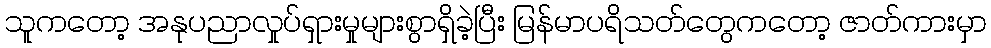
သူကတော့ အနုပညာလှုပ်ရှားမှုများစွာရှိခဲ့ပြီး မြန်မာပရိသတ်တွေကတော့ ဇာတ်ကားမှာ